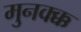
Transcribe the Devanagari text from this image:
मुनक्क्क